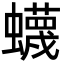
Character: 蠛